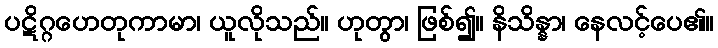
ပဋိဂ္ဂဟေတုကာမာ၊ ယူလိုသည်။ ဟုတွာ၊ ဖြစ်၍။ နိသိန္နာ၊ နေလင့်ပေ၏။